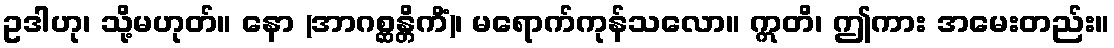
ဥဒါဟု၊ သို့မဟုတ်။ နော (အာဂစ္ဆန္တိကိံ)၊ မရောက်ကုန်သလော။ ဣတိ၊ ဤကား အမေးတည်း။